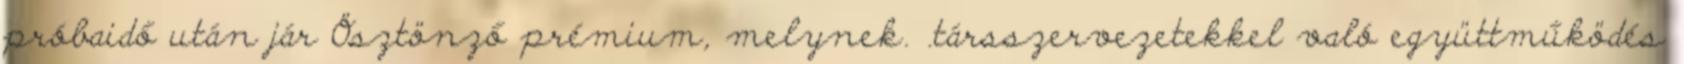
próbaidő után jár Ösztönző prémium, melynek. .társszervezetekkel való együttműködés